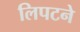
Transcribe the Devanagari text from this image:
लिपटने